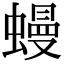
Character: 蟃